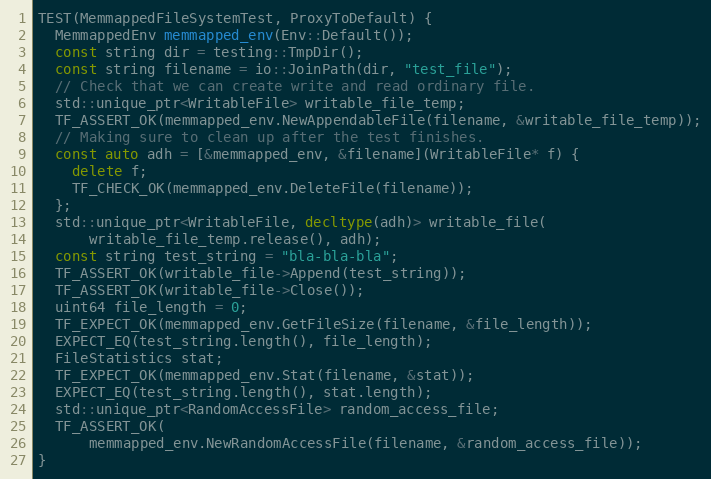
Language: C++
TEST(MemmappedFileSystemTest, ProxyToDefault) {
  MemmappedEnv memmapped_env(Env::Default());
  const string dir = testing::TmpDir();
  const string filename = io::JoinPath(dir, "test_file");
  // Check that we can create write and read ordinary file.
  std::unique_ptr<WritableFile> writable_file_temp;
  TF_ASSERT_OK(memmapped_env.NewAppendableFile(filename, &writable_file_temp));
  // Making sure to clean up after the test finishes.
  const auto adh = [&memmapped_env, &filename](WritableFile* f) {
    delete f;
    TF_CHECK_OK(memmapped_env.DeleteFile(filename));
  };
  std::unique_ptr<WritableFile, decltype(adh)> writable_file(
      writable_file_temp.release(), adh);
  const string test_string = "bla-bla-bla";
  TF_ASSERT_OK(writable_file->Append(test_string));
  TF_ASSERT_OK(writable_file->Close());
  uint64 file_length = 0;
  TF_EXPECT_OK(memmapped_env.GetFileSize(filename, &file_length));
  EXPECT_EQ(test_string.length(), file_length);
  FileStatistics stat;
  TF_EXPECT_OK(memmapped_env.Stat(filename, &stat));
  EXPECT_EQ(test_string.length(), stat.length);
  std::unique_ptr<RandomAccessFile> random_access_file;
  TF_ASSERT_OK(
      memmapped_env.NewRandomAccessFile(filename, &random_access_file));
}